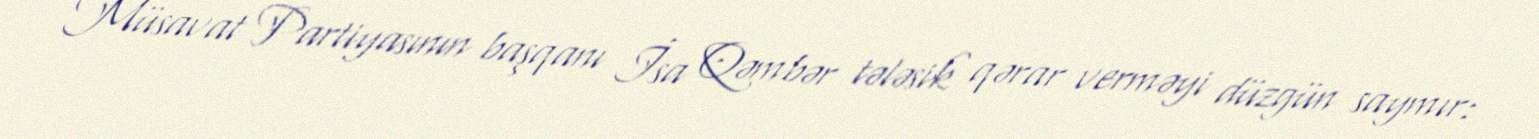
Müsavat Partiyasının başqanı İsa Qəmbər tələsik qərar verməyi düzgün saymır: